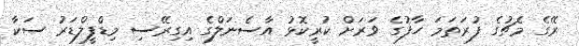
ރޭގެ މެޗުގެ ފުރަތަމަ ހާފުގެ ވަރަށް ކުރީކޮޅު އާސެނަލްގެ އިގިރޭސި މިޑްފީލްޑަރު ސަކާ